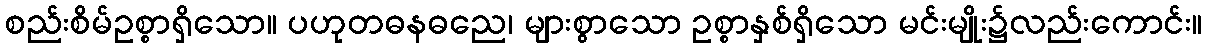
စည်းစိမ်ဥစ္စာရှိသော။ ပဟုတဓနဓညေ၊ များစွာသော ဥစ္စာနှစ်ရှိသော မင်းမျိုး၌လည်းကောင်း။